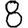
Digit: 8